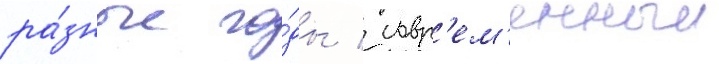
ра́зные го́ды / совр'ем'енныи